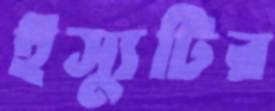
ইস্যুটির